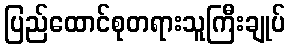
ပြည်ထောင်စုတရားသူကြီးချုပ်